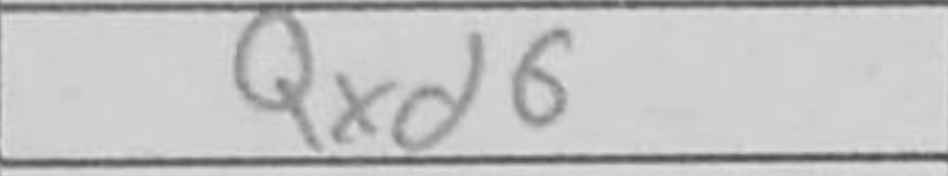
Transcription: Qxd6